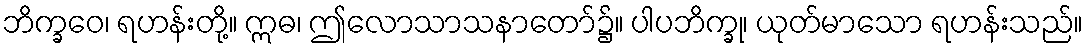
ဘိက္ခဝေ၊ ရဟန်းတို့။ ဣဓ၊ ဤလောသာသနာတော်၌။ ပါပဘိက္ခု၊ ယုတ်မာသော ရဟန်းသည်။